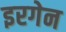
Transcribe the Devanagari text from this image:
इरगेन